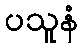
ပသူနံ